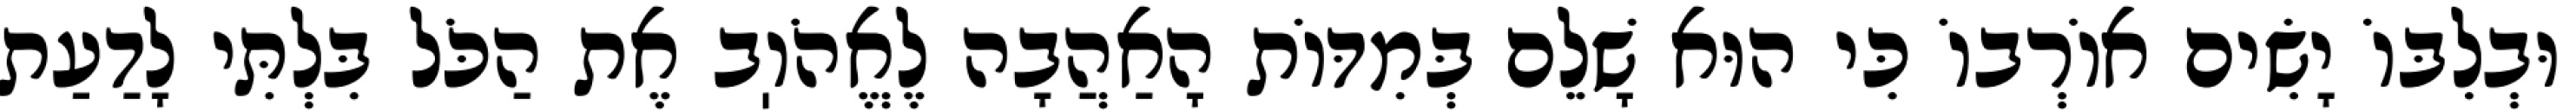
וּבְלִבּוֹ יָשִׂים אוֹרְבוֹ כִּי הוּא שָׁלֵם בְּמִדּוֹת הָאַהֲבָה לֶאֱהֹוֽב אֶת הַכֹּל בִּלְתִּי לָדַעַת